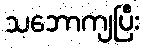
သဘောကျပြီး